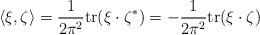
LaTeX: \begin{align*}\langle \xi , \zeta \rangle = \frac{1}{2 \pi^2} \mathrm{tr}(\xi \cdot \zeta^*) = - \frac{1}{2 \pi^2} \mathrm{tr}(\xi \cdot \zeta)\end{align*}